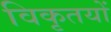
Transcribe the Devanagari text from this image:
विकृतयों